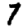
Digit: 7